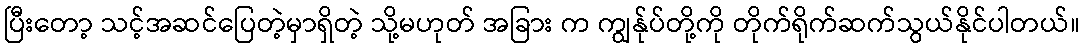
ပြီးတော့ သင့်အဆင်ပြေတဲ့မှာရှိတဲ့ သို့မဟုတ် အခြား က ကျွန်ုပ်တို့ကို တိုက်ရိုက်ဆက်သွယ်နိုင်ပါတယ်။